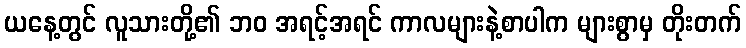
ယနေ့တွင် လူသားတို့၏ ဘဝ အရင့်အရင် ကာလများနဲ့စာပါက များစွာမှ တိုးတက်